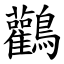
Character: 鸛